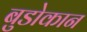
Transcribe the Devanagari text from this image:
बुडोकान